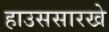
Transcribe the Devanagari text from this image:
हाउससारखे